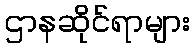
ဌာနဆိုင်ရာများ